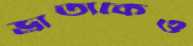
ভ্রাতাকেও